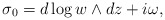
\begin{align*}\sigma_{0} = d\log w \wedge dz + i \omega,\end{align*}